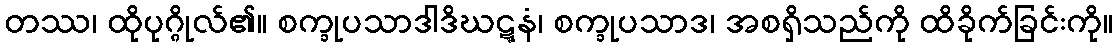
တဿ၊ ထိုပုဂ္ဂိုလ်၏။ စက္ခုပသာဒါဒိဃဋ္ဋနံ၊ စက္ခုပသာဒ၊ အစရှိသည်ကို ထိခိုက်ခြင်းကို။